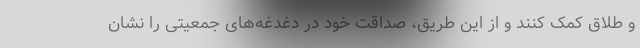
و طلاق کمک کنند و از این طریق، صداقت خود در دغدغه‌های جمعیتی را نشان